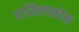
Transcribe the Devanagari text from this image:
वासिलाकोस